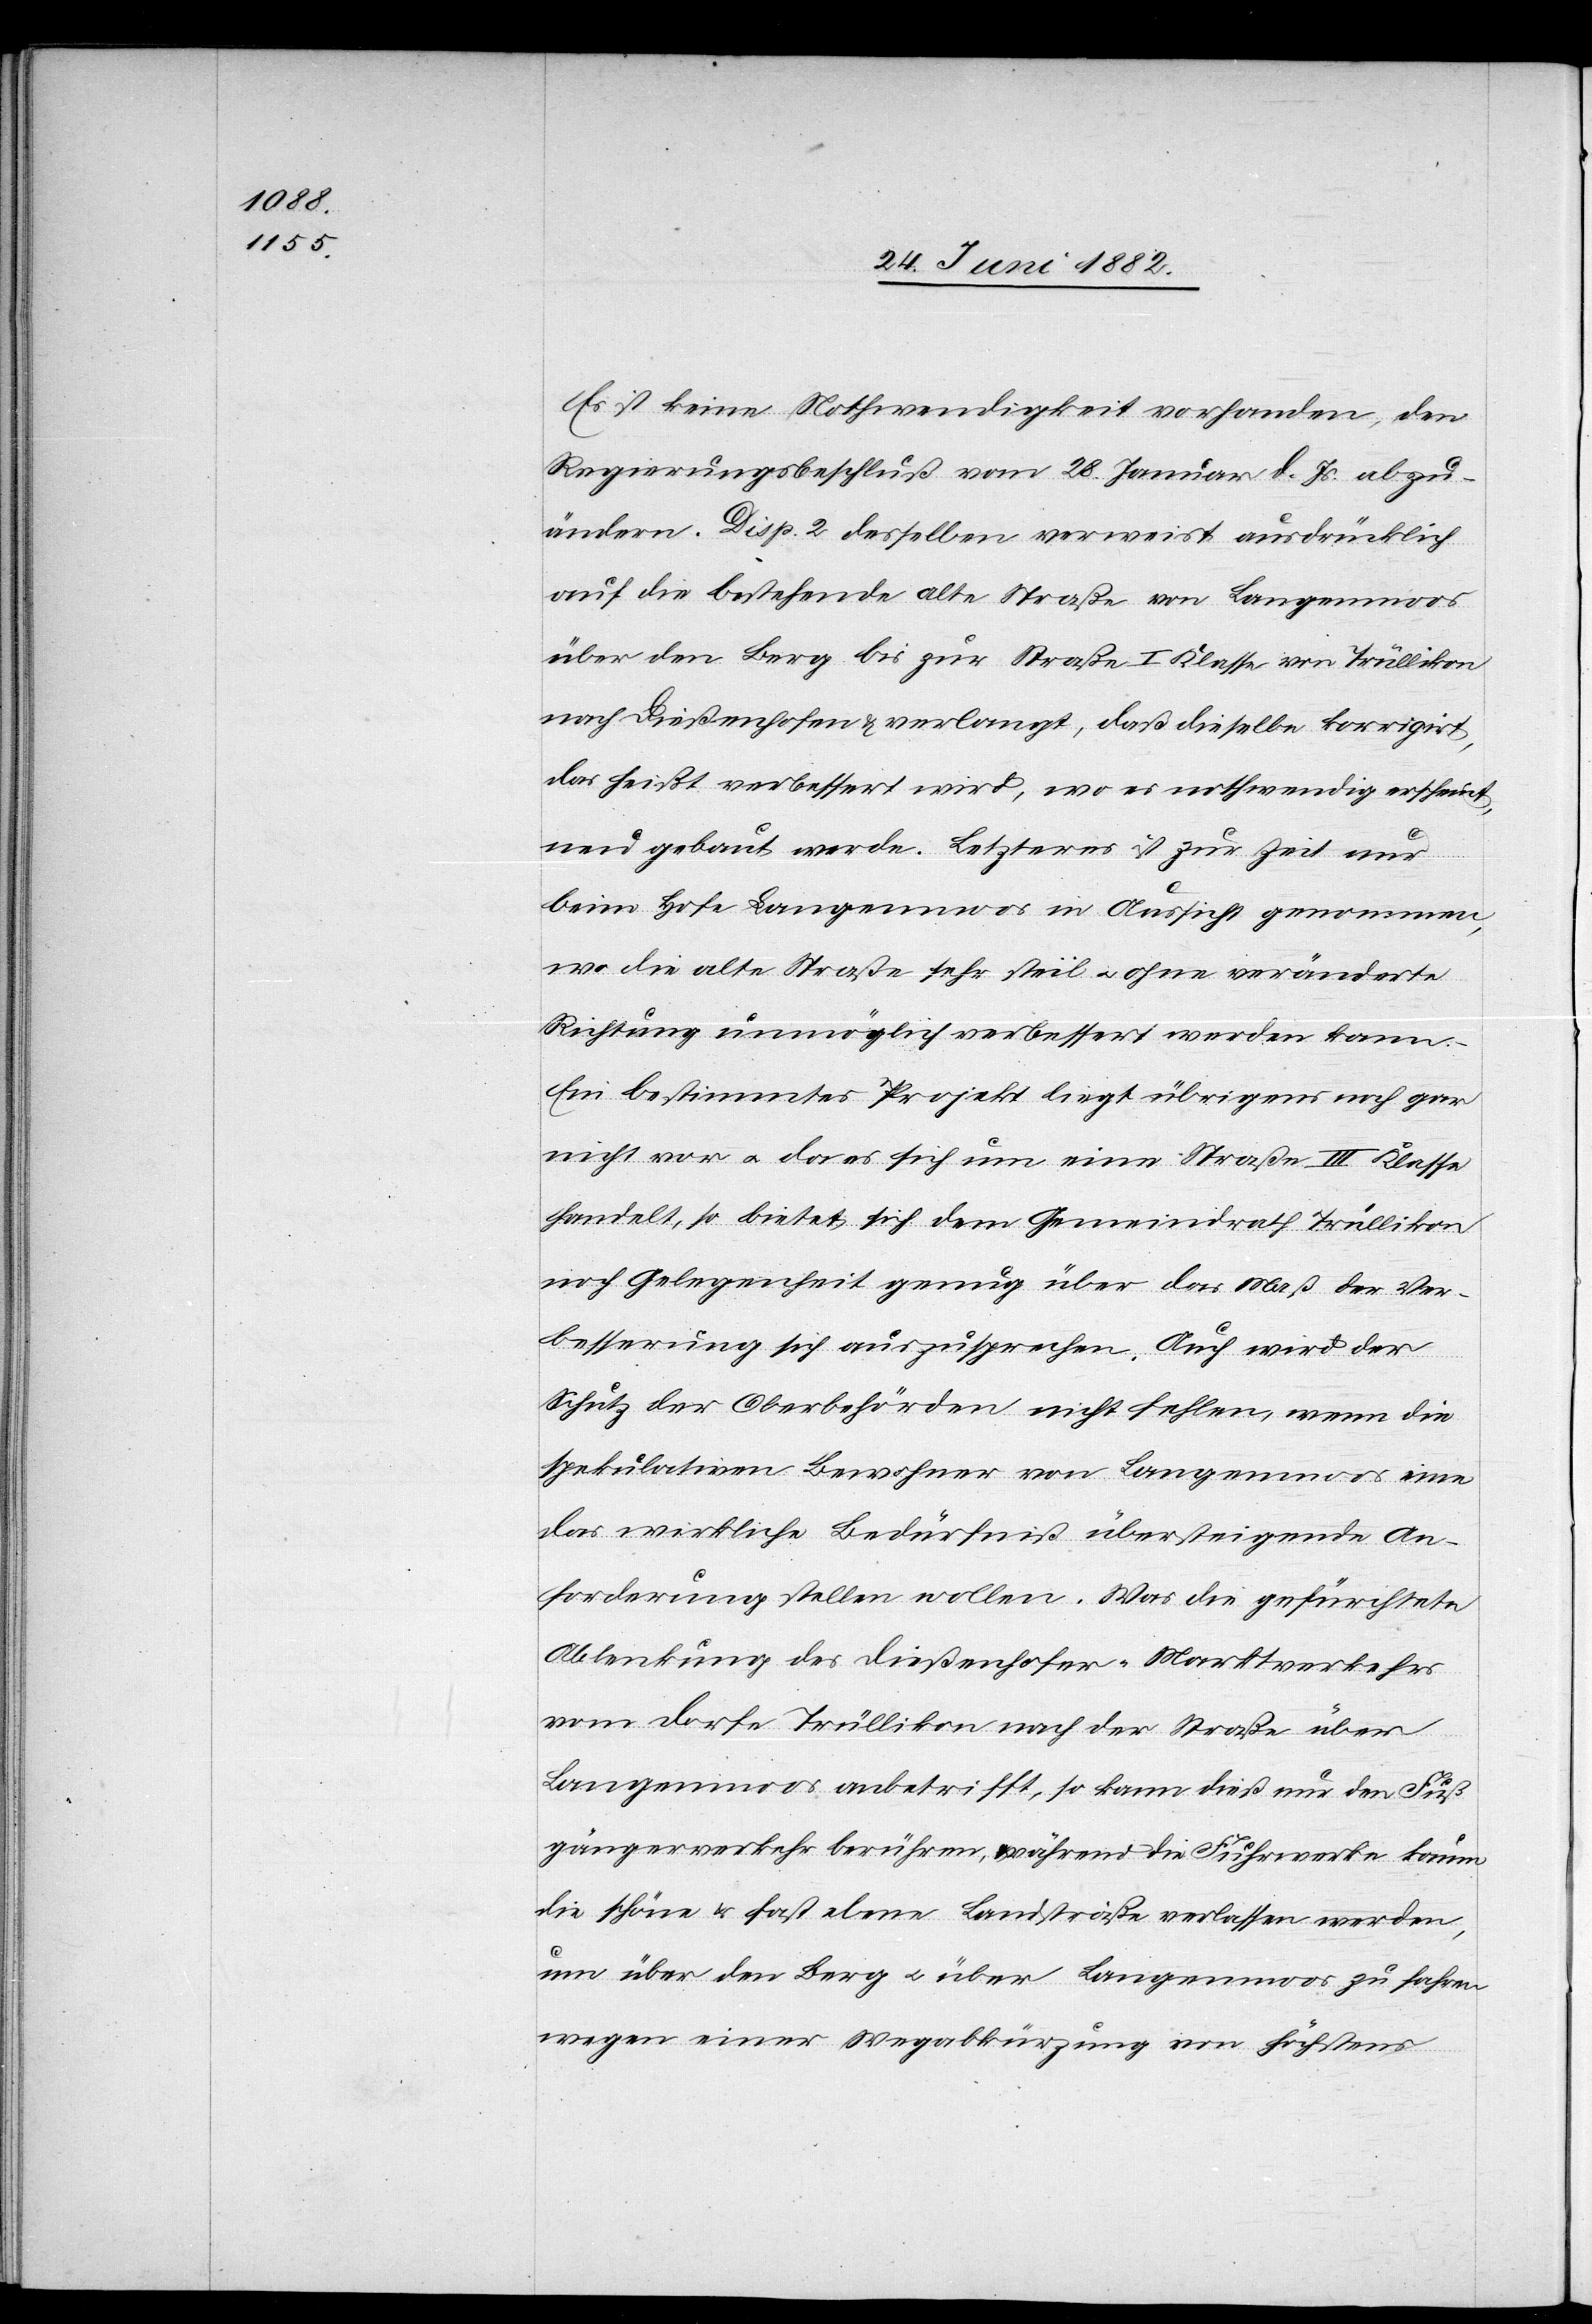
Es ist keine Nothwendigkeit vorhanden, den
Regierungsbeschluß vom 28. Januar d. Js. abzu¬
ändern. Disp. 2 desselben verweist ausdrücklich
auf die bestehende alte Straße von Langenmoos
über den Berg bis zur Straße I. Klasse von Trüllikon
nach Dießenhofen & verlangt, daß dieselbe korrigirt,
das heißt verbessert wird, wo es nothwendig erscheint,
neu gebaut werde. Letzteres ist zur Zeit nur
beim Hofe Langenmoos in Aussicht genommen,
wo die alte Straße sehr steil [ist] u. ohne veränderte
Richtung unmöglich verbessert werden kann.
Ein bestimmtes Projekt liegt übrigens noch gar
nicht vor u. da es sich um eine Straße III. Klasse
handelt, so bietet sich dem Gemeindrath Trüllikon
noch Gelegenheit genug über das Maß der Ver¬
besserung sich auszusprechen. Auch wird der
Schutz der Oberbehörden nicht fehlen, wenn die
spekulativen Bewohner von Langenmoos eine
das wirkliche Bedürfniß übersteigende An¬
forderung stellen wollen. Was die gefürchtete
Ablenkung des Dießenhofer-Marktverkehrs
vom Dorfe Trüllikon nach der Straße über
Langemoos anbetrifft, so kann dieß nur den Fuß¬
gängerverkehr berühren, während die Fuhrwerke kaum
die schöne & fast ebene Landstraße verlassen werden,
um über den Berg u. über Langenmoos zu fahren
wegen einer Wegabkürzung von höchstens